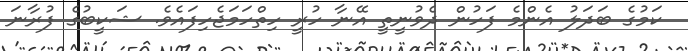
ކަމުގެ ބަދަލު އެންމެ ފަހުން ދެވުނީތީ އޭނާ ހުރީ ހިތްހަމަޖެހިފައެވެ. ޝަކީބުގެ ފުރާނަ